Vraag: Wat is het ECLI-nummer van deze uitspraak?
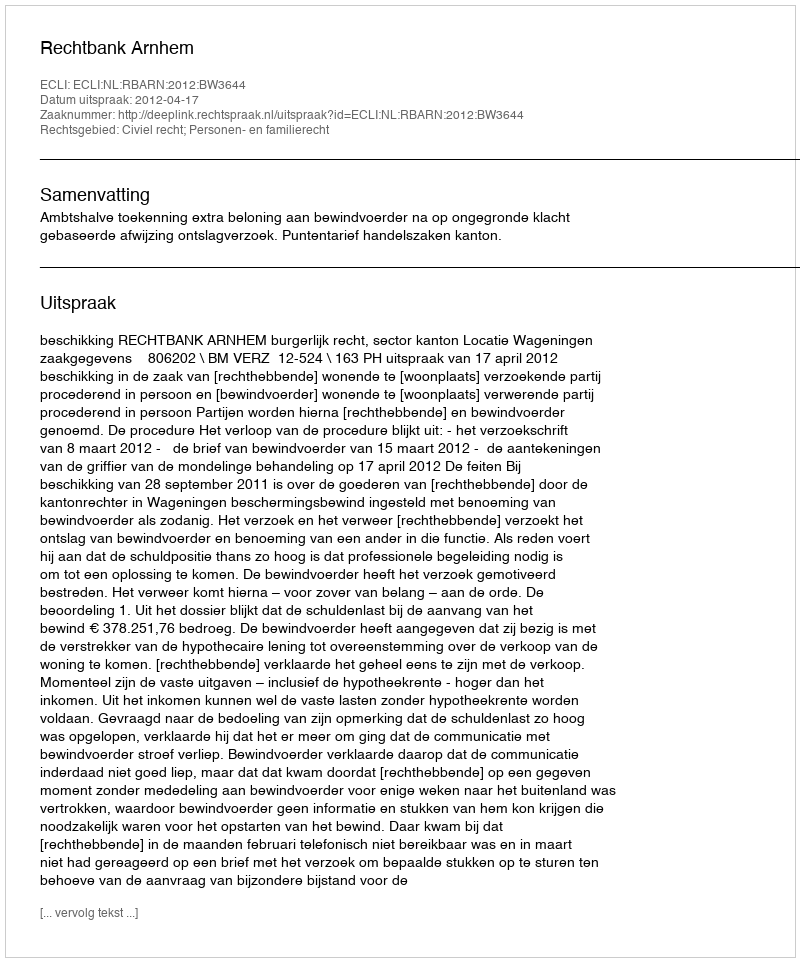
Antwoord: ECLI:NL:RBARN:2012:BW3644